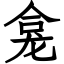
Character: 龛